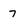
Character: 7